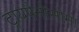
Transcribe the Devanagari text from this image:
ट्रायपैनोसोमा